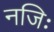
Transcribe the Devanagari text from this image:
नजिः